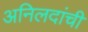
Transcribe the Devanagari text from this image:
अनिलदांची